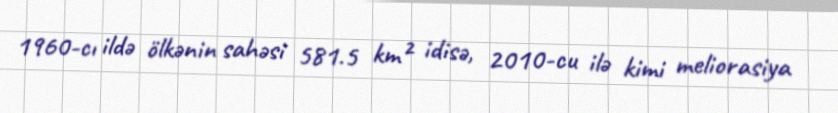
1960-cı ildə ölkənin sahəsi 581.5 km² idisə, 2010-cu ilə kimi meliorasiya